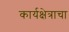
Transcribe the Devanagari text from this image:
कार्यक्षेत्राचा